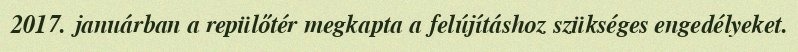
2017. januárban a repülőtér megkapta a felújításhoz szükséges engedélyeket.